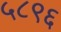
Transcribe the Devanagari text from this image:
५८९६